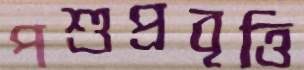
পশুপ্রবৃত্তি